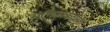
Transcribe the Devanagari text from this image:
मुक्तिलढ्याला